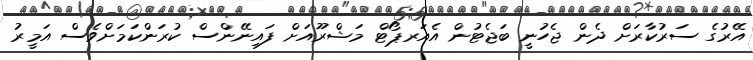
އޭރުގެ ސަރުކާރަށް ދެން ޖެހުނީ ބަޖެޓުން އެއަރޕޯޓް މަޝްރޫއަށް ފައިނޭންސް ކުރަންކަމަށްވެސް އަމީރު